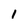
Character: l